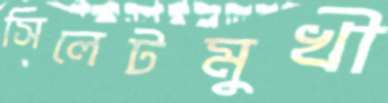
সিলেটমুখী